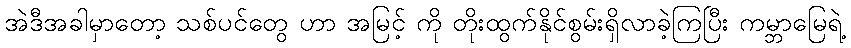
အဲဒီအခါမှာတော့ သစ်ပင်တွေ ဟာ အမြင့် ကို တိုးထွက်နိုင်စွမ်းရှိလာခဲ့ကြပြီး ကမ္ဘာမြေရဲ့